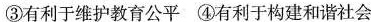
③有利于维护教育公平 ④有利于构建和谐社会